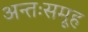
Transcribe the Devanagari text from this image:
अन्तःसमूह